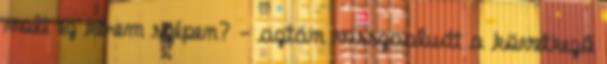
volt ez kérem szépen? - aztán visszaaludt a következő